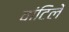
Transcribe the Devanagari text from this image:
वांटिलें